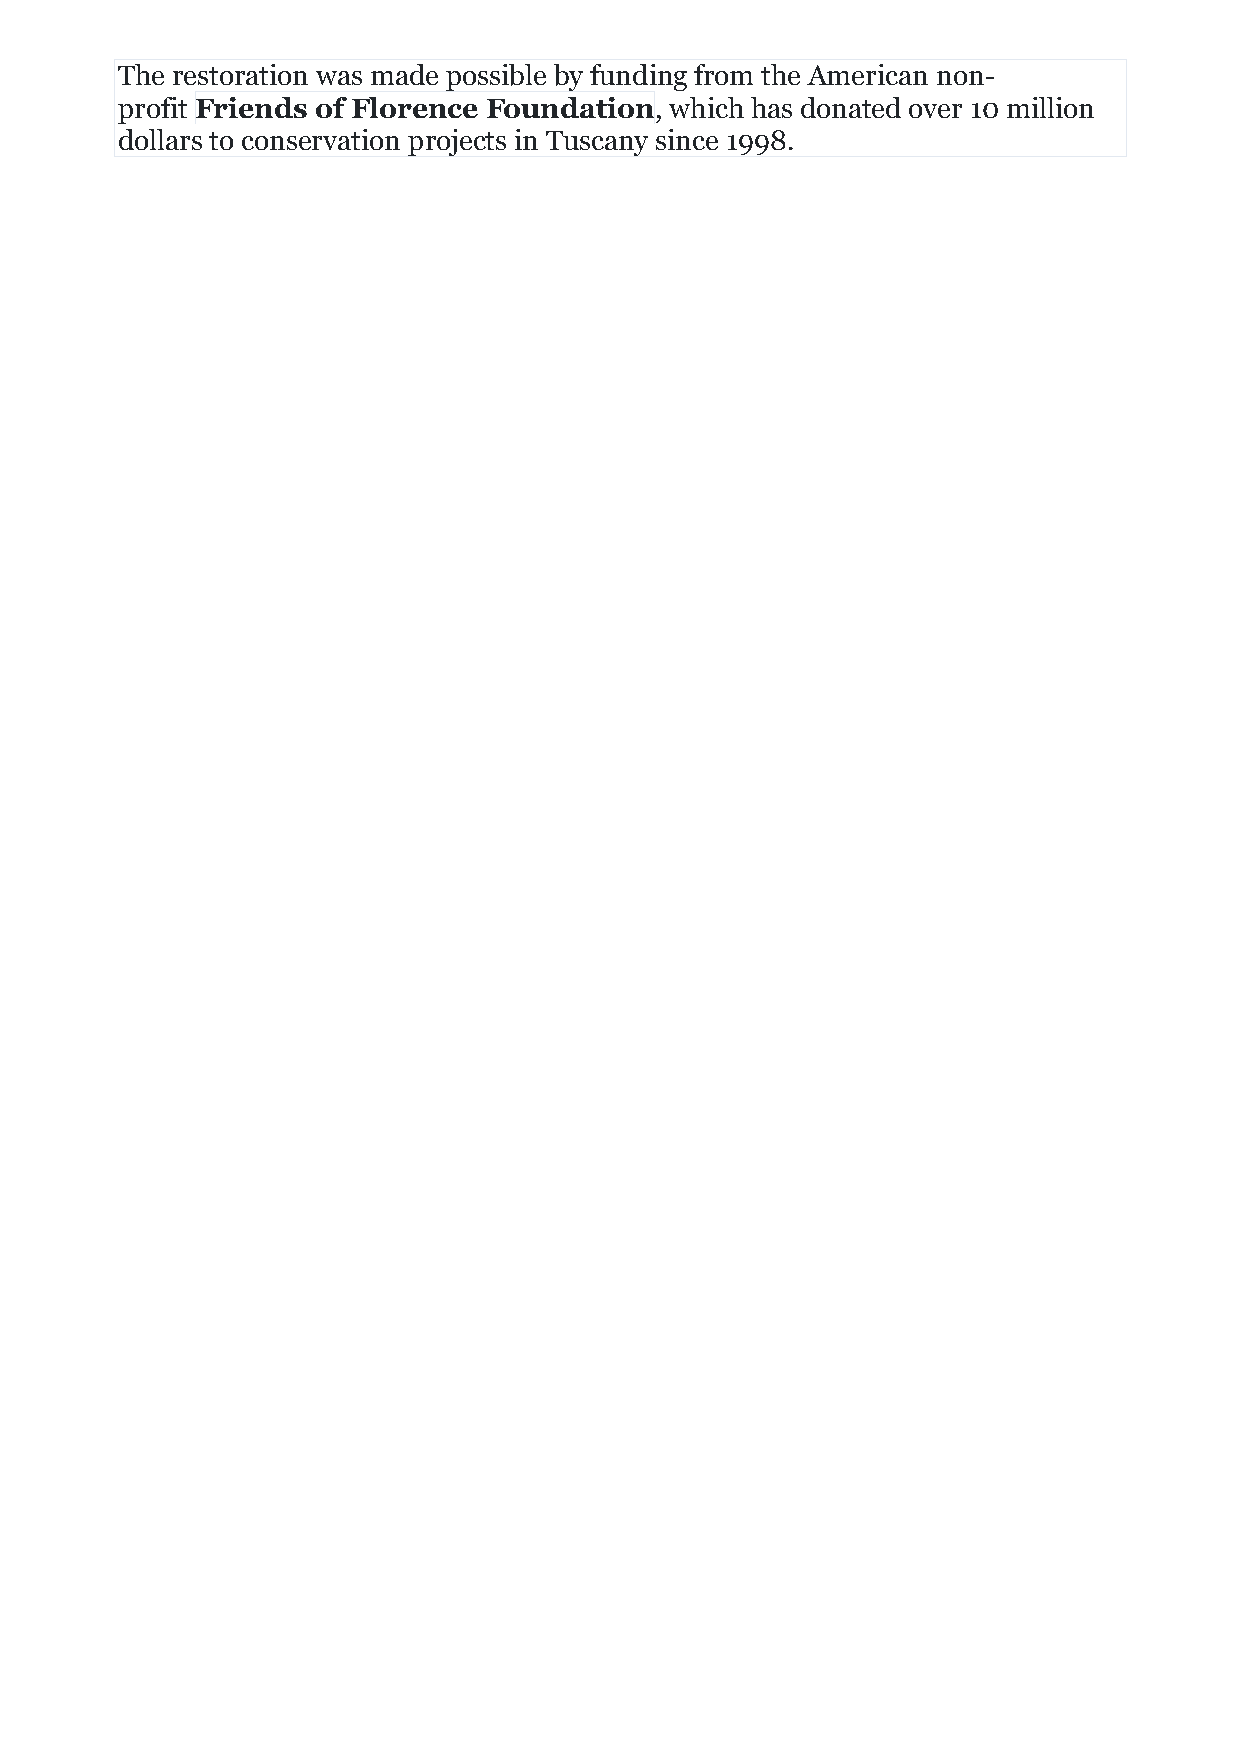
The restoration was made possible by funding from the American non-
 profit Friends of Florence Foundation, which has donated over 10 million
 dollars to conservation projects in Tuscany since 1998.